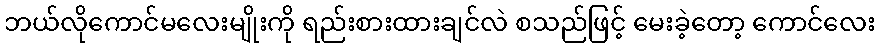
ဘယ်လိုကောင်မလေးမျိုးကို ရည်းစားထားချင်လဲ စသည်ဖြင့် မေးခဲ့တော့ ကောင်လေး